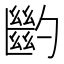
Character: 𠤉